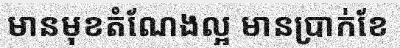
មានមុខតំណែងល្អ មានប្រាក់ខែ